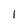
Character: 1